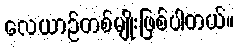
လေယာဉ်တစ်မျိုးဖြစ်ပါတယ်။